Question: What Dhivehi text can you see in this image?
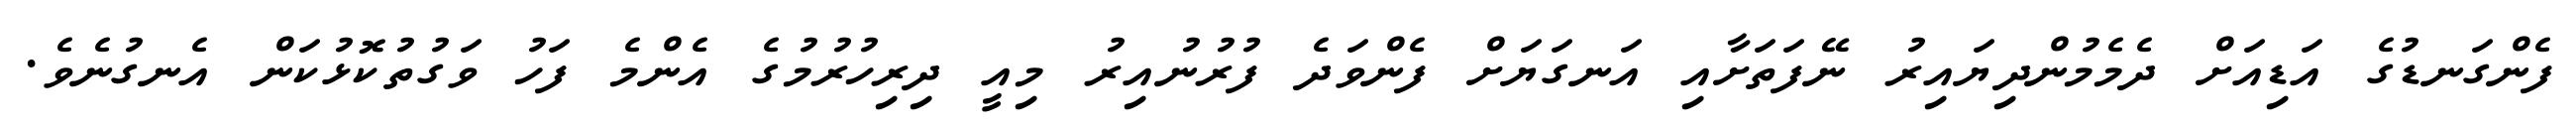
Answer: ފެންގަނޑުގެ އަޑިއަށް ދެމެމުންދިޔައިރު ނޭފަތަށާއި އަނގަޔަށް ފެންވަދެ ފުރުނުއިރު މިއީ ދިރިހުރުމުގެ އެންމެ ފަހު ވަގުތުކޮޅުކަން އެނގުނެވެ.